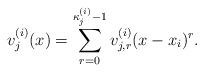
LaTeX: \begin{align*}v_{j}^{(i)}(x)=\sum_{r=0}^{\kappa_j^{(i)}-1}v_{j,r}^{(i)}(x-x_i)^r.\end{align*}